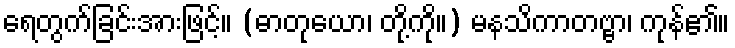
ရေတွက်ခြင်းအားဖြင့်။ (ဓာတုယော၊ တို့ကို။) မနသိကာတဗ္ဗာ၊ ကုန်၏။